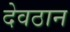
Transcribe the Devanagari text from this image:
देवठान